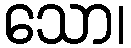
သော၊